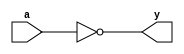
`timescale 1ns / 1ps
//////////////////////////////////////////////////////////////////////////////////
// Module Name: xup_inv
//////////////////////////////////////////////////////////////////////////////////
module xup_inv #(parameter DELAY = 3)(
    input a,
    output y
    );
    
    not #DELAY (y,a);
    
endmodule